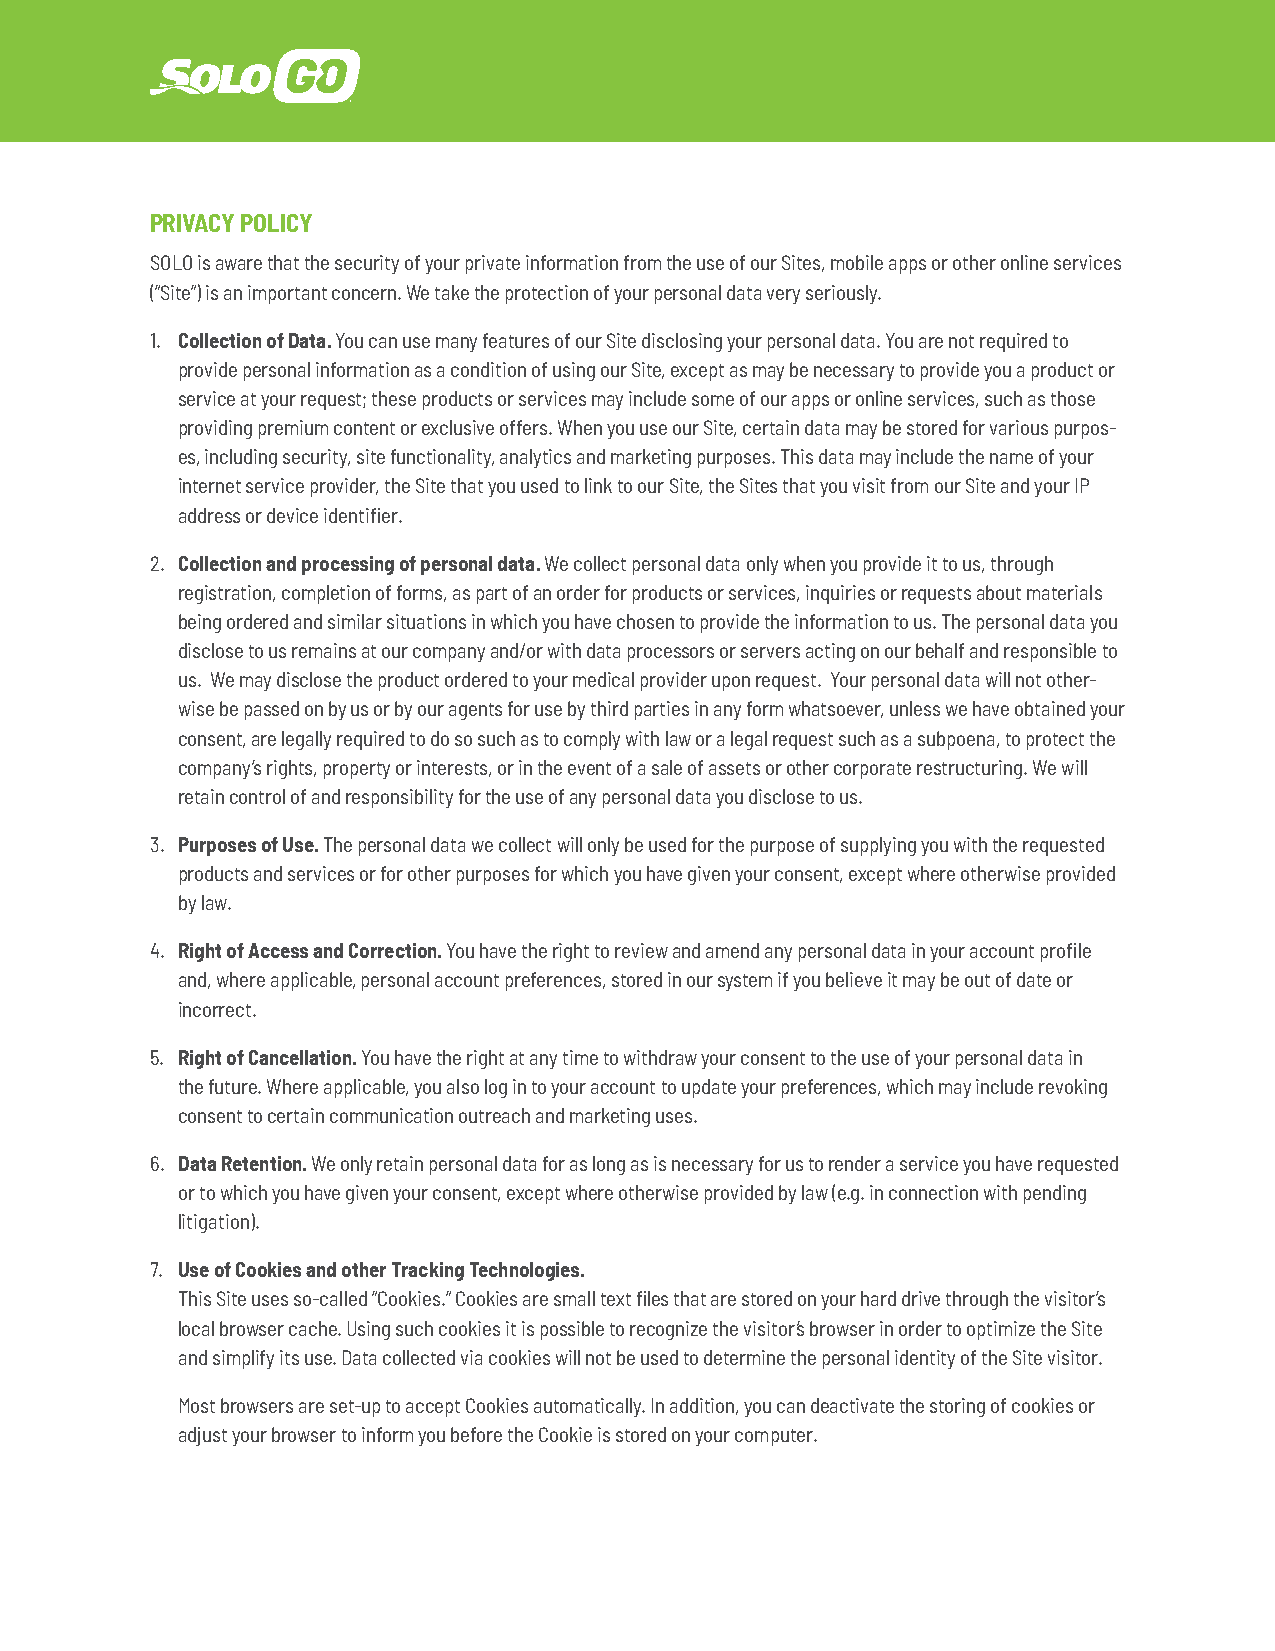
PRIVACY POLICY
 SOLO is aware that the security of your private information from the use of our Sites, mobile apps or other online services
 (“Site”) is an important concern. We take the protection of your personal data very seriously.
 1. Collection of Data. You can use many features of our Site disclosing your personal data. You are not required to
 provide personal information as a condition of using our Site, except as may be necessary to provide you a product or
 service at your request; these products or services may include some of our apps or online services, such as those
 providing premium content or exclusive offers. When you use our Site, certain data may be stored for various purpos-
 es, including security, site functionality, analytics and marketing purposes. This data may include the name of your
 internet service provider, the Site that you used to link to our Site, the Sites that you visit from our Site and your IP
 address or device identifier.
 2. Collection and processing of personal data. We collect personal data only when you provide it to us, through
 registration, completion of forms, as part of an order for products or services, inquiries or requests about materials
 being ordered and similar situations in which you have chosen to provide the information to us. The personal data you
 disclose to us remains at our company and/or with data processors or servers acting on our behalf and responsible to
 us. We may disclose the product ordered to your medical provider upon request. Your personal data will not other-
 wise be passed on by us or by our agents for use by third parties in any form whatsoever, unless we have obtained your
 consent, are legally required to do so such as to comply with law or a legal request such as a subpoena, to protect the
 company’s rights, property or interests, or in the event of a sale of assets or other corporate restructuring. We will
 retain control of and responsibility for the use of any personal data you disclose to us.
 3. Purposes of Use. The personal data we collect will only be used for the purpose of supplying you with the requested
 products and services or for other purposes for which you have given your consent, except where otherwise provided
 by law.
 4. Right of Access and Correction. You have the right to review and amend any personal data in your account profile
 and, where applicable, personal account preferences, stored in our system if you believe it may be out of date or
 incorrect.
 5. Right of Cancellation. You have the right at any time to withdraw your consent to the use of your personal data in
 the future. Where applicable, you also log in to your account to update your preferences, which may include revoking
 consent to certain communication outreach and marketing uses.
 6. Data Retention. We only retain personal data for as long as is necessary for us to render a service you have requested
 or to which you have given your consent, except where otherwise provided by law (e.g. in connection with pending
 litigation).
 7. Use of Cookies and other Tracking Technologies.
 This Site uses so-called “Cookies.” Cookies are small text files that are stored on your hard drive through the visitor’s
 local browser cache. Using such cookies it is possible to recognize the visitor’s browser in order to optimize the Site
 and simplify its use. Data collected via cookies will not be used to determine the personal identity of the Site visitor.
 Most browsers are set-up to accept Cookies automatically. In addition, you can deactivate the storing of cookies or
 adjust your browser to inform you before the Cookie is stored on your computer.